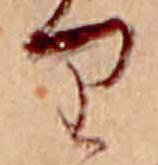
り